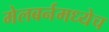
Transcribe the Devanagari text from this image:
मेलबर्नमध्येच